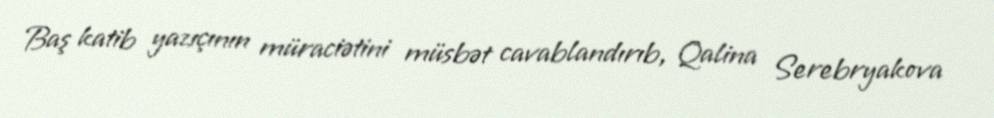
Baş katib yazıçının müraciətini müsbət cavablandırıb, Qalina Serebryakova